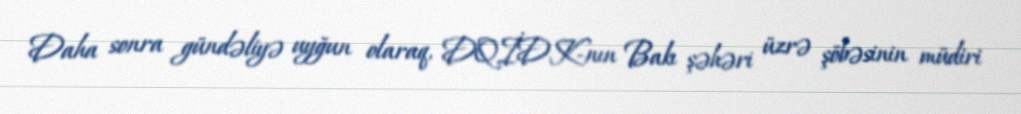
Daha sonra gündəliyə uyğun olaraq, DQİDK-nın Bakı şəhəri üzrə şöbəsinin müdiri